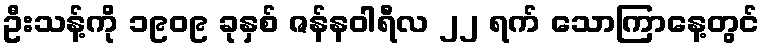
ဦးသန့်ကို ၁၉၀၉ ခုနှစ် ဇန်နဝါရီလ ၂၂ ရက် သောကြာနေ့တွင်